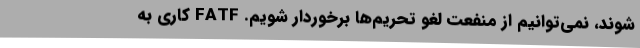
شوند، نمی‌توانیم از منفعت لغو تحریم‌ها برخوردار شویم. FATF کاری به